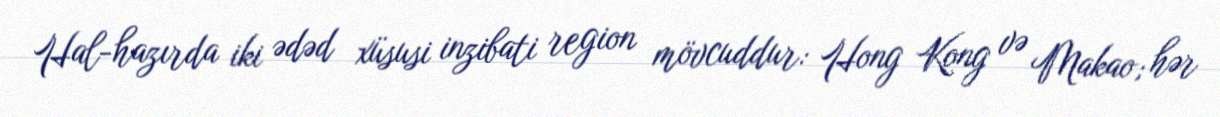
Hal-hazırda iki ədəd xüsusi inzibati region mövcuddur: Hong Kong və Makao; hər